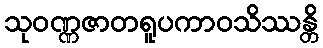
သုဝဏ္ဏဇာတရူပကာဝသိဿန္တိ